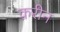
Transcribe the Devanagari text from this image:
क़रीन